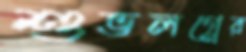
শুভলগ্নের